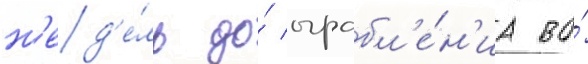
н'ед'е́ль до́ ограбл'е́н'иа во́